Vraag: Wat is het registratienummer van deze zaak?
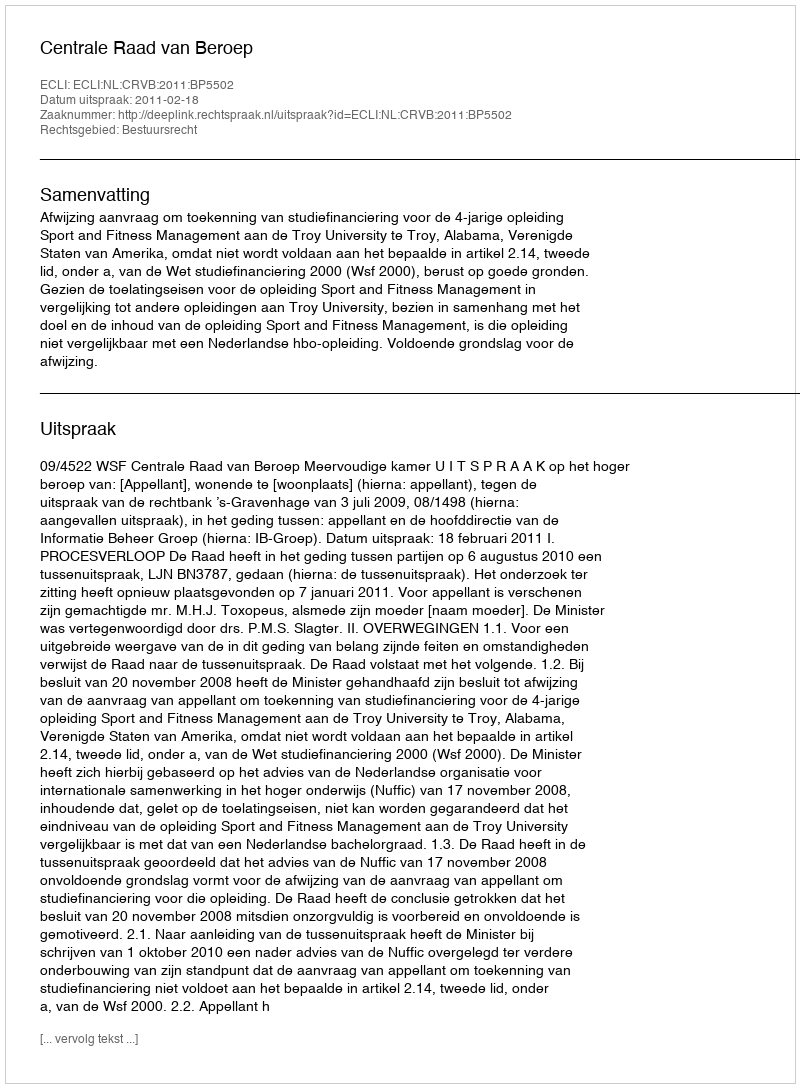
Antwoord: http://deeplink.rechtspraak.nl/uitspraak?id=ECLI:NL:CRVB:2011:BP5502